Report on sanitation, dispensaries, and jails in Rajputana for 1912, and on vaccination for the year 1912-1913 - 1912-1913
Year: 1912
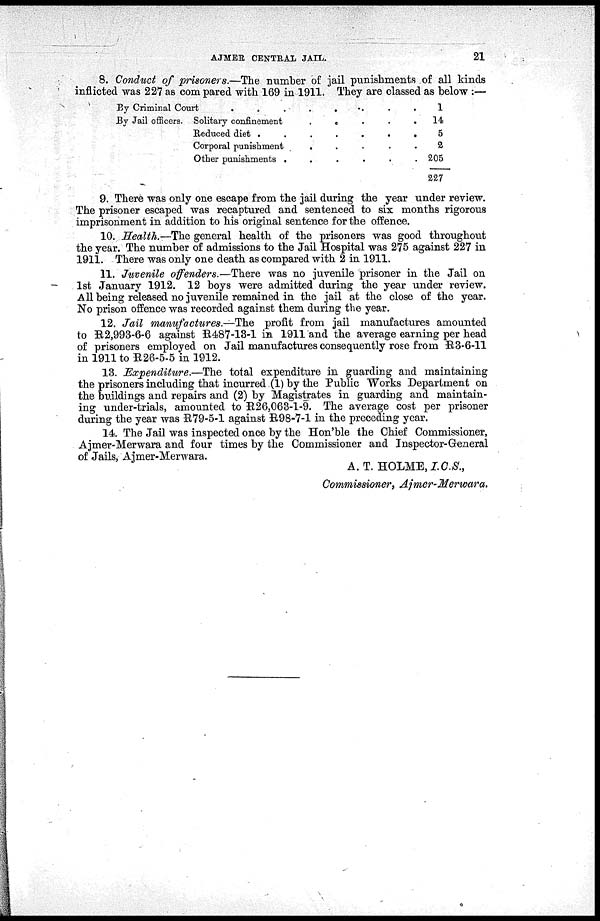
AJMER CENTRAL JAIL.
21
8. Conduct of prisoners.—The number of jail punishments of all kinds
inflicted was 227 as com pared with 169 in 1911. They are classed as below :—
By Criminal Court
.
.
.
.
.
.
. .
By Jail officers. Solitary confinement
.
.
.
.
.
Ruduced diet . . . . . . .
Corporal punishment
.
.
.
.
.
Other punishments .
.
.
.
.
.
1
14
5
2
205
227
9. There was only one escape from the jail during the year under review.
The prisoner escaped was recaptured and sentenced to six months rigorous
imprisonment in addition to his original sentence for the offence.
10. Health.—The general health of the prisoners was good throughout
the year. The number of admissions to the Jail Hospital was 275 against 227 in
1911. There was only one death as compared with 2 in 1911.
11. Juvenile offenders.—There was no juvenile prisoner in the Jail on
1st January 1912. 12 boys were admitted during the year under review.
All being released no juvenile remained in the jail at the close of the year.
No prison offence was recorded against them during the year.
12. Jail manufactures.—The profit from jail manufactures amounted
to R2,993-6-6 against R487-13-1 in 1911 and the average earning per head
of prisoners employed on Jail manufactures consequently rose from R3-6-11
in 1911 to R26-5-5 in 1912.
13. Expenditure.—The total expenditure in guarding and maintaining
the prisoners including that incurred (1) by the Public Works Department on
the buildings and repairs and (2) by Magistrates in guarding and maintain-
ing under-trials, amounted to R26,063-1-9. The average cost per prisoner
during the year was R79-5-1 against R98-7-1 in the preceding year.
14. The Jail was inspected once by the Hon'ble the Chief Commissioner,
Ajmer-Merwara and four times by the Commissioner and Inspector-General
of Jails, Ajmer-Merwara.
A. T. HOLME, I.C.S.,
Commissioner, Ajmer-Merwara.